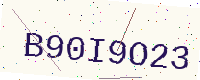
Text: B90I9O23